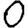
Digit: 0